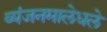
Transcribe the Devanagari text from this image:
व्यंजनमालेधले